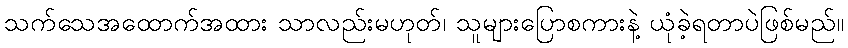
သက်သေအထောက်အထား သာလည်းမဟုတ်၊ သူများပြောစကားနဲ့ ယုံခဲ့ရတာပဲဖြစ်မည်။